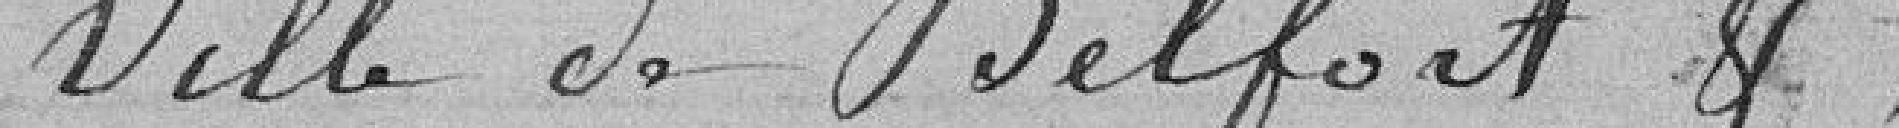
Ville de Belfort :